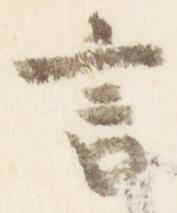
言